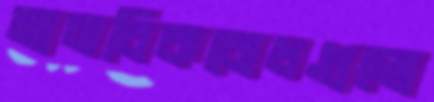
মানবিকবোধগুলো